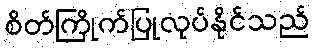
စိတ်ကြိုက်ပြုလုပ်နိုင်သည်